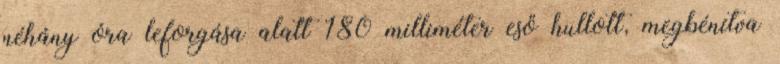
néhány óra leforgása alatt 180 milliméter eső hullott, megbénítva